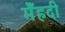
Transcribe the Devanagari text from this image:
मेँहदी